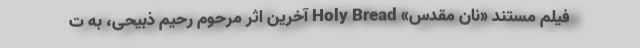
فیلم مستند «نان مقدس» Holy Bread آخرین اثر مرحوم رحیم ذبیحی، به ت